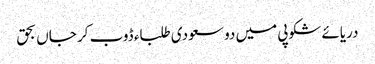
دریائے شکوپی میں دو سعودی طلباء ڈوب کر جاں بحق